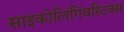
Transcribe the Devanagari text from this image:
साइकोलिंगिंवस्टिक्स